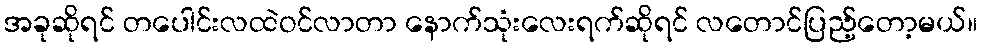
အခုဆိုရင် တပေါင်းလထဲဝင်လာတာ နောက်သုံးလေးရက်ဆိုရင် လတောင်ပြည့်တော့မယ်။